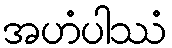
အဟံပါဿံ